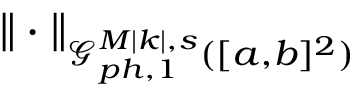
\| \cdot \| _ { \mathcal { G } _ { p h , 1 } ^ { M | k | , s } ( [ a , b ] ^ { 2 } ) }